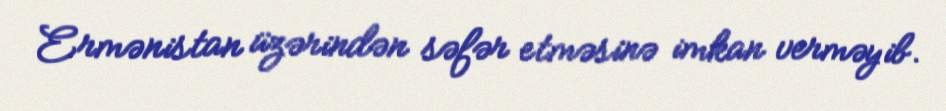
Ermənistan üzərindən səfər etməsinə imkan verməyib.